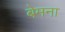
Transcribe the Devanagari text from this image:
बेमना